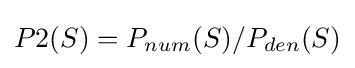
P2(S)=P_{num}(S)/P_{den}(S)